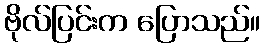
ဗိုလ်ပြင်းက ပြောသည်။